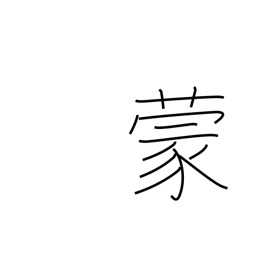
Meaning: be subjected to